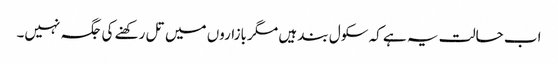
اب حالت یہ ہے کہ سکول بند ہیں مگر بازاروں میں تل رکھنے کی جگہ نہیں۔